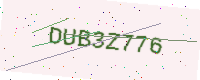
Text: DUB3Z776